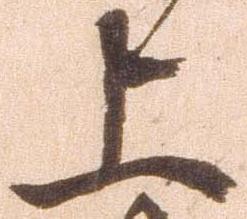
上